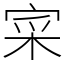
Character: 寀